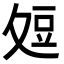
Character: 𭐞